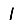
Digit: 1